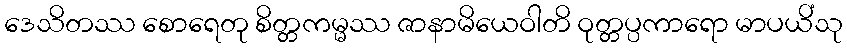
ဒေသိတဿ စောရေတု စိတ္တကမ္မဿ ဇာနာမိယေဝါတိ ဝုတ္တပ္ပကာရော မာပယိံသု